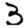
Digit: 3